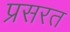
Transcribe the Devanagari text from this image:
प्रसरत